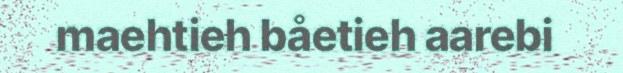
maehtieh båetieh aarebi